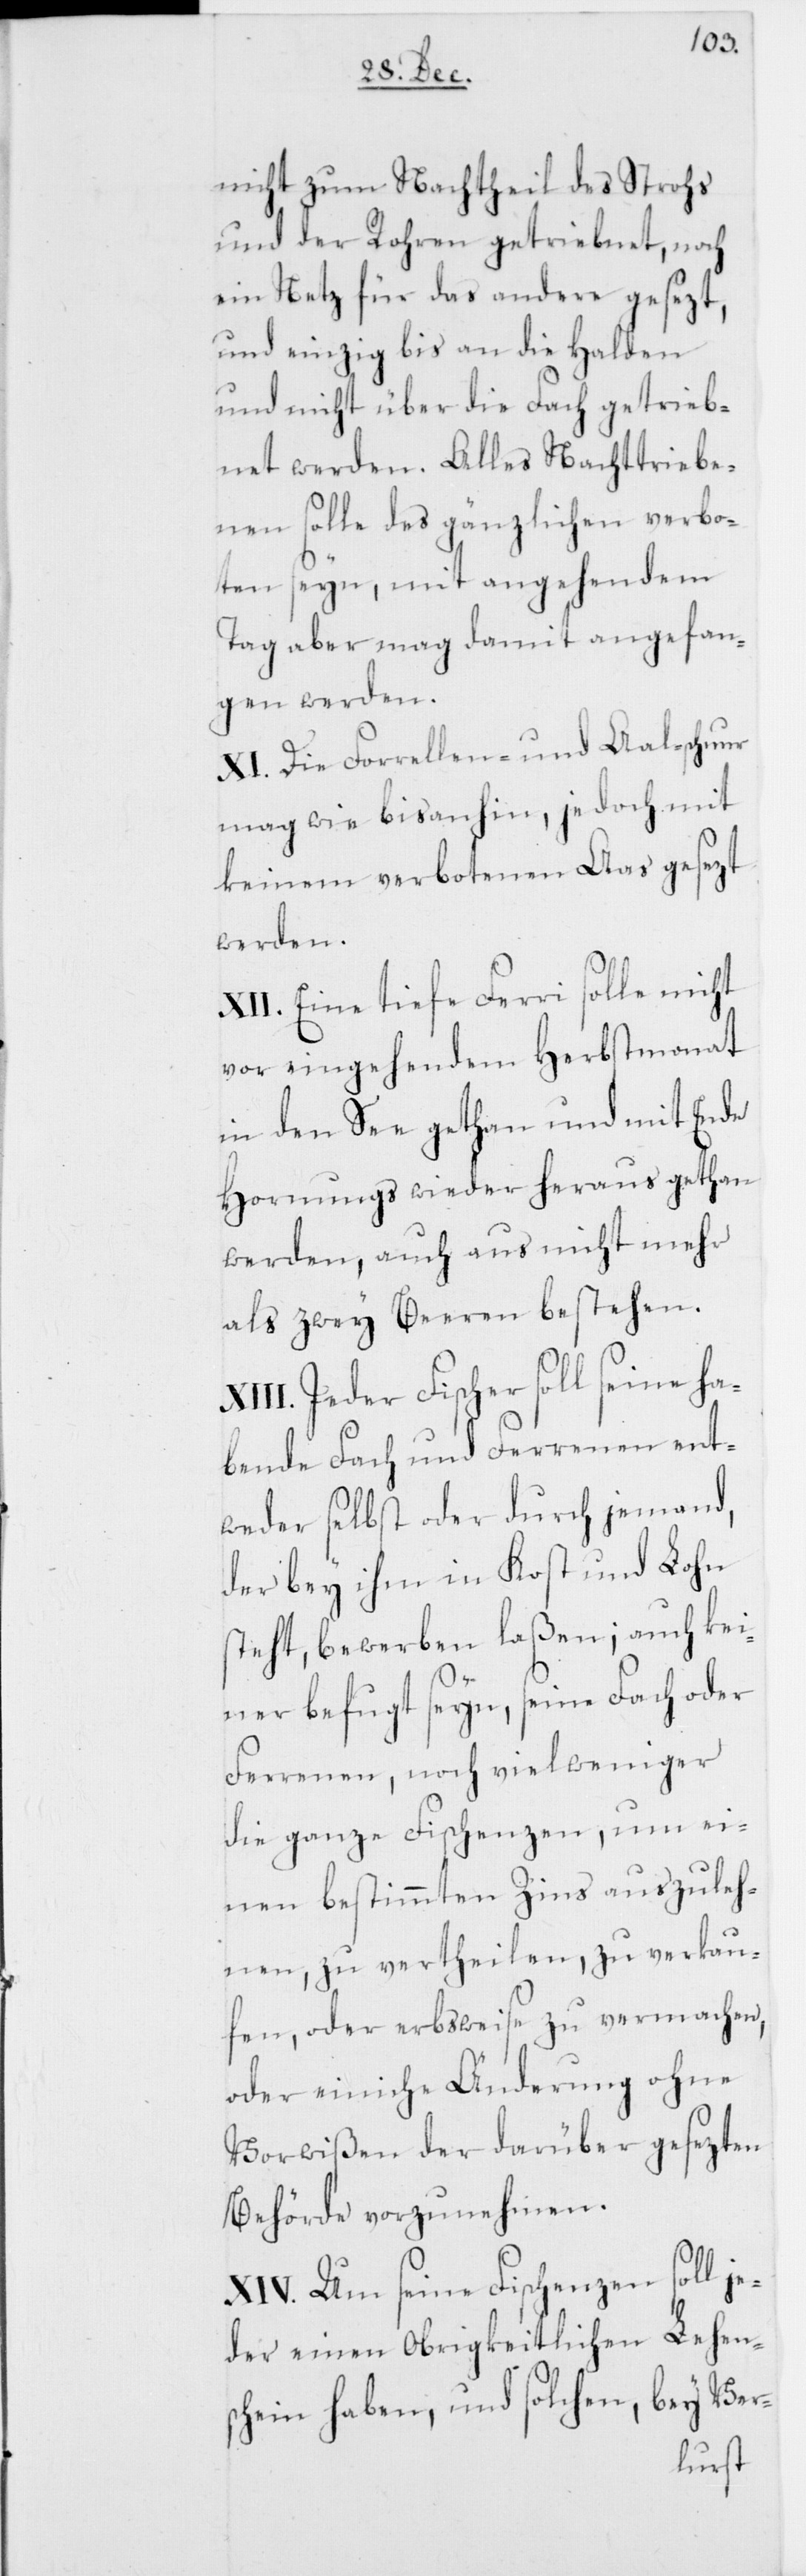
nicht zum Nachtheil des Strohs
und der Rohren getriebnet, noch
ein Netz für das andere gesezt,
und einzig bis an die Halden
und nicht über die Fach getrieb¬
net werden. Alles Nachttriebe¬
nen solle des gänzlichen verbo¬
ten seyn, mit angehendem
Tag aber mag damit angefan¬
gen werden.
XI. Die Forrellen- und Aalschnur
mag wie bis anhin, jedoch mit
keinem verbotenen Aas gesezt
werden.
XII. Eine tiefe Ferri solle nicht
vor eingehendem Herbstmonat
in den See gethan und mit Ende
Hornungs wieder heraus gethan
werden, auch aus nicht mehr
als zwey Beeren bestehen.
Jeder Fischer soll seine ha¬
bende Fach und Ferrenen ent¬
weder selbst oder durch jemand,
der bey ihm in Kost und Lohn
steht, bewerben laßen; auch kei¬
ner befugt seyn, seine Fach oder
Ferrenen, noch viel weniger
die ganze Fischenzen, um ei¬
nen bestimmten Zins auszuleh¬
nen, zu vertheilen, zu verkau¬
fen, oder erbsweise zu vermachen,
oder einiche Änderung ohne
Vorwißen der darüber gesezten
Behörde vorzunehmen.
XIV. Um seine Fischenzen soll je¬
der einen Obrigkeitlichen Lehen¬
schein haben, und solchen, bey Ver-